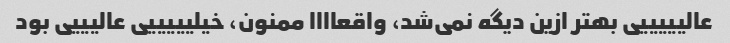
عالیییییی بهتر ازین دیگه نمی‌شد، واقعاااا ممنون، خیلیییییی عالیییی بود